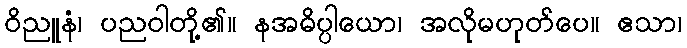
ဝိညူနံ၊ ပညဝါတို့၏။ နအဓိပ္ပါယော၊ အလိုမဟုတ်ပေ။ ဧသာ၊